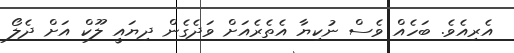
އެރިއެވެ. ބަހެއް ވެސް ނުކިޔާ އެތެރެއަށް ވަދެގެން ދިޔައީ ލޫކް އަށް ދެލޯ